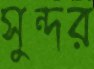
সুন্দর